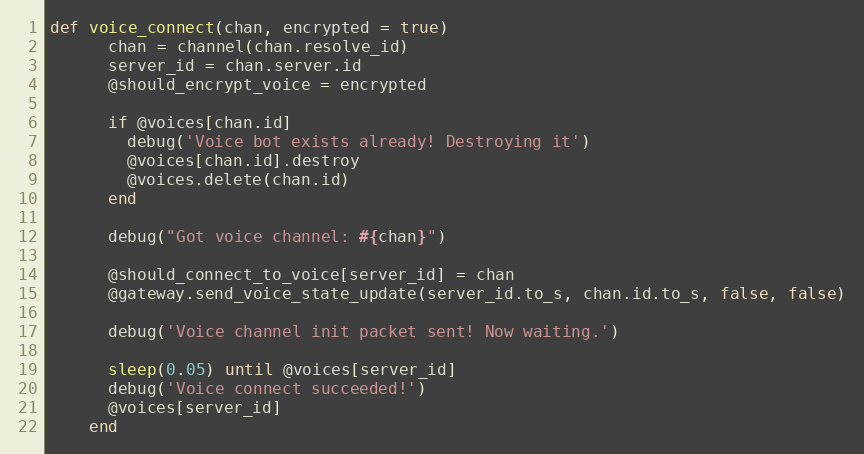
Language: Ruby
def voice_connect(chan, encrypted = true)
      chan = channel(chan.resolve_id)
      server_id = chan.server.id
      @should_encrypt_voice = encrypted

      if @voices[chan.id]
        debug('Voice bot exists already! Destroying it')
        @voices[chan.id].destroy
        @voices.delete(chan.id)
      end

      debug("Got voice channel: #{chan}")

      @should_connect_to_voice[server_id] = chan
      @gateway.send_voice_state_update(server_id.to_s, chan.id.to_s, false, false)

      debug('Voice channel init packet sent! Now waiting.')

      sleep(0.05) until @voices[server_id]
      debug('Voice connect succeeded!')
      @voices[server_id]
    end